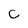
Character: c